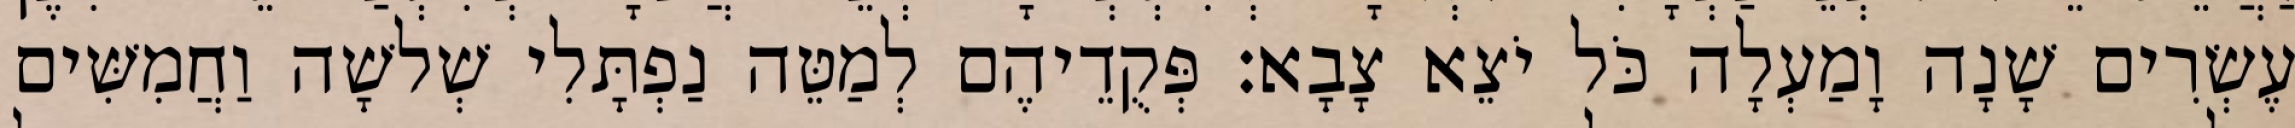
עֶשְׂרִים שָׁנָה וָמַעְלָה כֹּל יֹצֵא צָבָא׃ פְּקֻדֵיהֶם לְמַטֵּה נַפְתָּלִי שְׁלשָׁה וַחֲמִשִּׁים